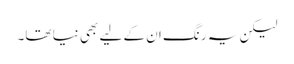
لیکن یہ رنگ ان کے لیے بھی نیا تھا۔